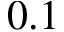
0 . 1